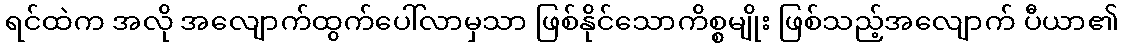
ရင်ထဲက အလို အလျောက်ထွက်ပေါ်လာမှသာ ဖြစ်နိုင်သောကိစ္စမျိုး ဖြစ်သည့်အလျောက် ပီယာ၏